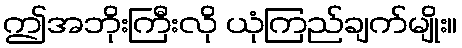
ဤအဘိုးကြီးလို ယုံကြည်ချက်မျိုး။